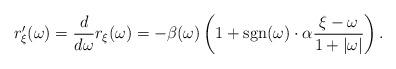
LaTeX: \begin{align*}r^{\prime}_{\xi}(\omega) = \frac{d}{d\omega}r_{\xi}(\omega) = -\beta(\omega) \left( 1 + \mbox{sgn}(\omega)\cdot \alpha \frac{\xi - \omega}{1 + |\omega |} \right).\end{align*}